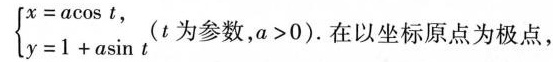
$$\begin {cases}